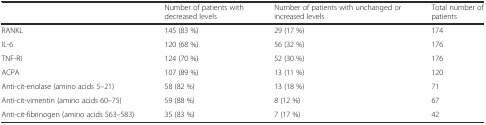
|  | Number of patients with decreased levels | Number of patients with unchanged or increased levels | Total number of patients |
 | --- | --- | --- | --- |
 | RANKL | 145 (83 %) | 29 (17 %) | 174 |
 | IL-6 | 120 (68 %) | 56 (32 %) | 176 |
 | TNF-RI | 124 (70 %) | 52 (30 %) | 176 |
 | ACPA | 107 (89 %) | 13 (11 %) | 120 |
 | Anti-cit-enolase (amino acids 5–21) | 58 (82 %) | 13 (18 %) | 71 |
 | Anti-cit-vimentin (amino acids 60–75) | 59 (88 %) | 8 (12 %) | 67 |
 | Anti-cit-fibrinogen (amino acids 563–583) | 35 (83 %) | 7 (17 %) | 42 |